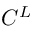
C ^ { L }